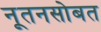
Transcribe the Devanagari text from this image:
नूतनसोबत